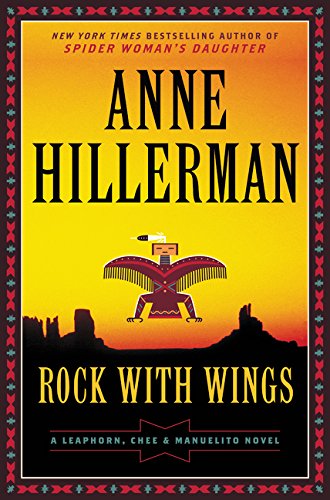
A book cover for Rock with Wings (Leaphorn and Chee Mysteries); Anne Hillerman; Literature & Fiction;